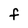
Character: f